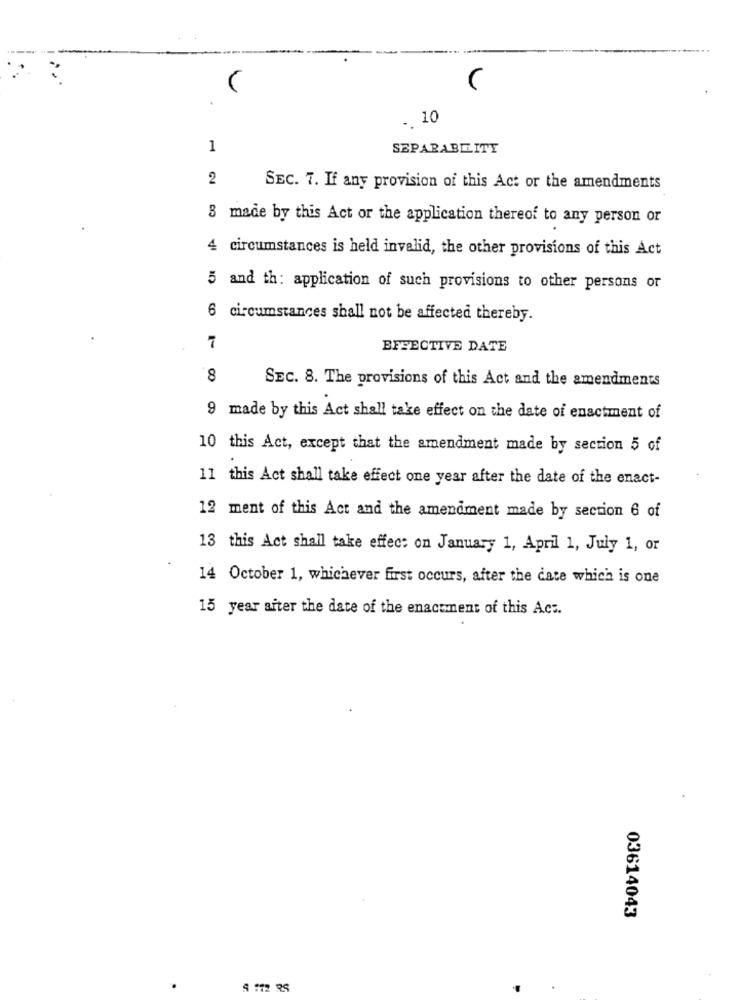
. 10
1
SEPARABILITY
2
SEC. 7. If any provision of this Act or the amendments
8 made by this Act or the application thereof to any person or
4 circumstances is held invalid, the other provisions of this Act
5 and th: application of such provisions to other persons or
6 circumstances shall not be affected thereby.
7
EFFECTIVE DATE
8
SEC. 8. The provisions of this Act and the amendments
9 made by this Act shall take effect on the date of enactment of
10 this Act, except that the amendment made by section 5 of
11 this Act shall take effect one year after the date of the enact-
12 ment of this Act and the amendment made by section 6 of
13 this Act shall take effect on January 1, April 1, July 1, or
14 October 1, whichever first occurs, after the cate which is one
15 year after the date of the enactment of this Act.
03614043
9 :12 RS